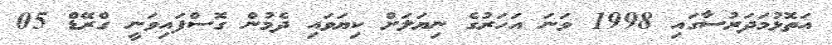
އަތޮޅުމަދަރުސާގައި 1998 ވަނަ އަހަރުގެ ނިޔަލަށް ކިޔަވައި ދެމުން ގޮސްފައިވަނީ ގްރޭޑް 05